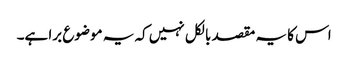
اس کا یہ مقصد بالکل نہیں کہ یہ موضوع برا ہے۔